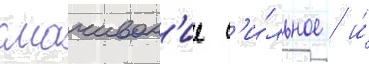
смачиван'ие с'и́льное / и́